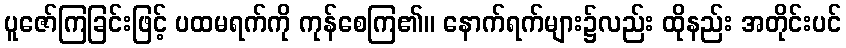
ပူဇော်ကြခြင်းဖြင့် ပထမရက်ကို ကုန်စေကြ၏။ နောက်ရက်များ၌လည်း ထိုနည်း အတိုင်းပင်